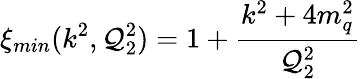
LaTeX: \xi_{min}(k^{2},\mathcal{Q}_{2}^{2})=1+{\frac{{k^{2}+4m_{q}^{2}}}{{\mathcal{Q}_{2}^{2}}}}